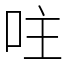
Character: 𠰍